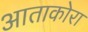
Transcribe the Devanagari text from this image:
आताकोरा